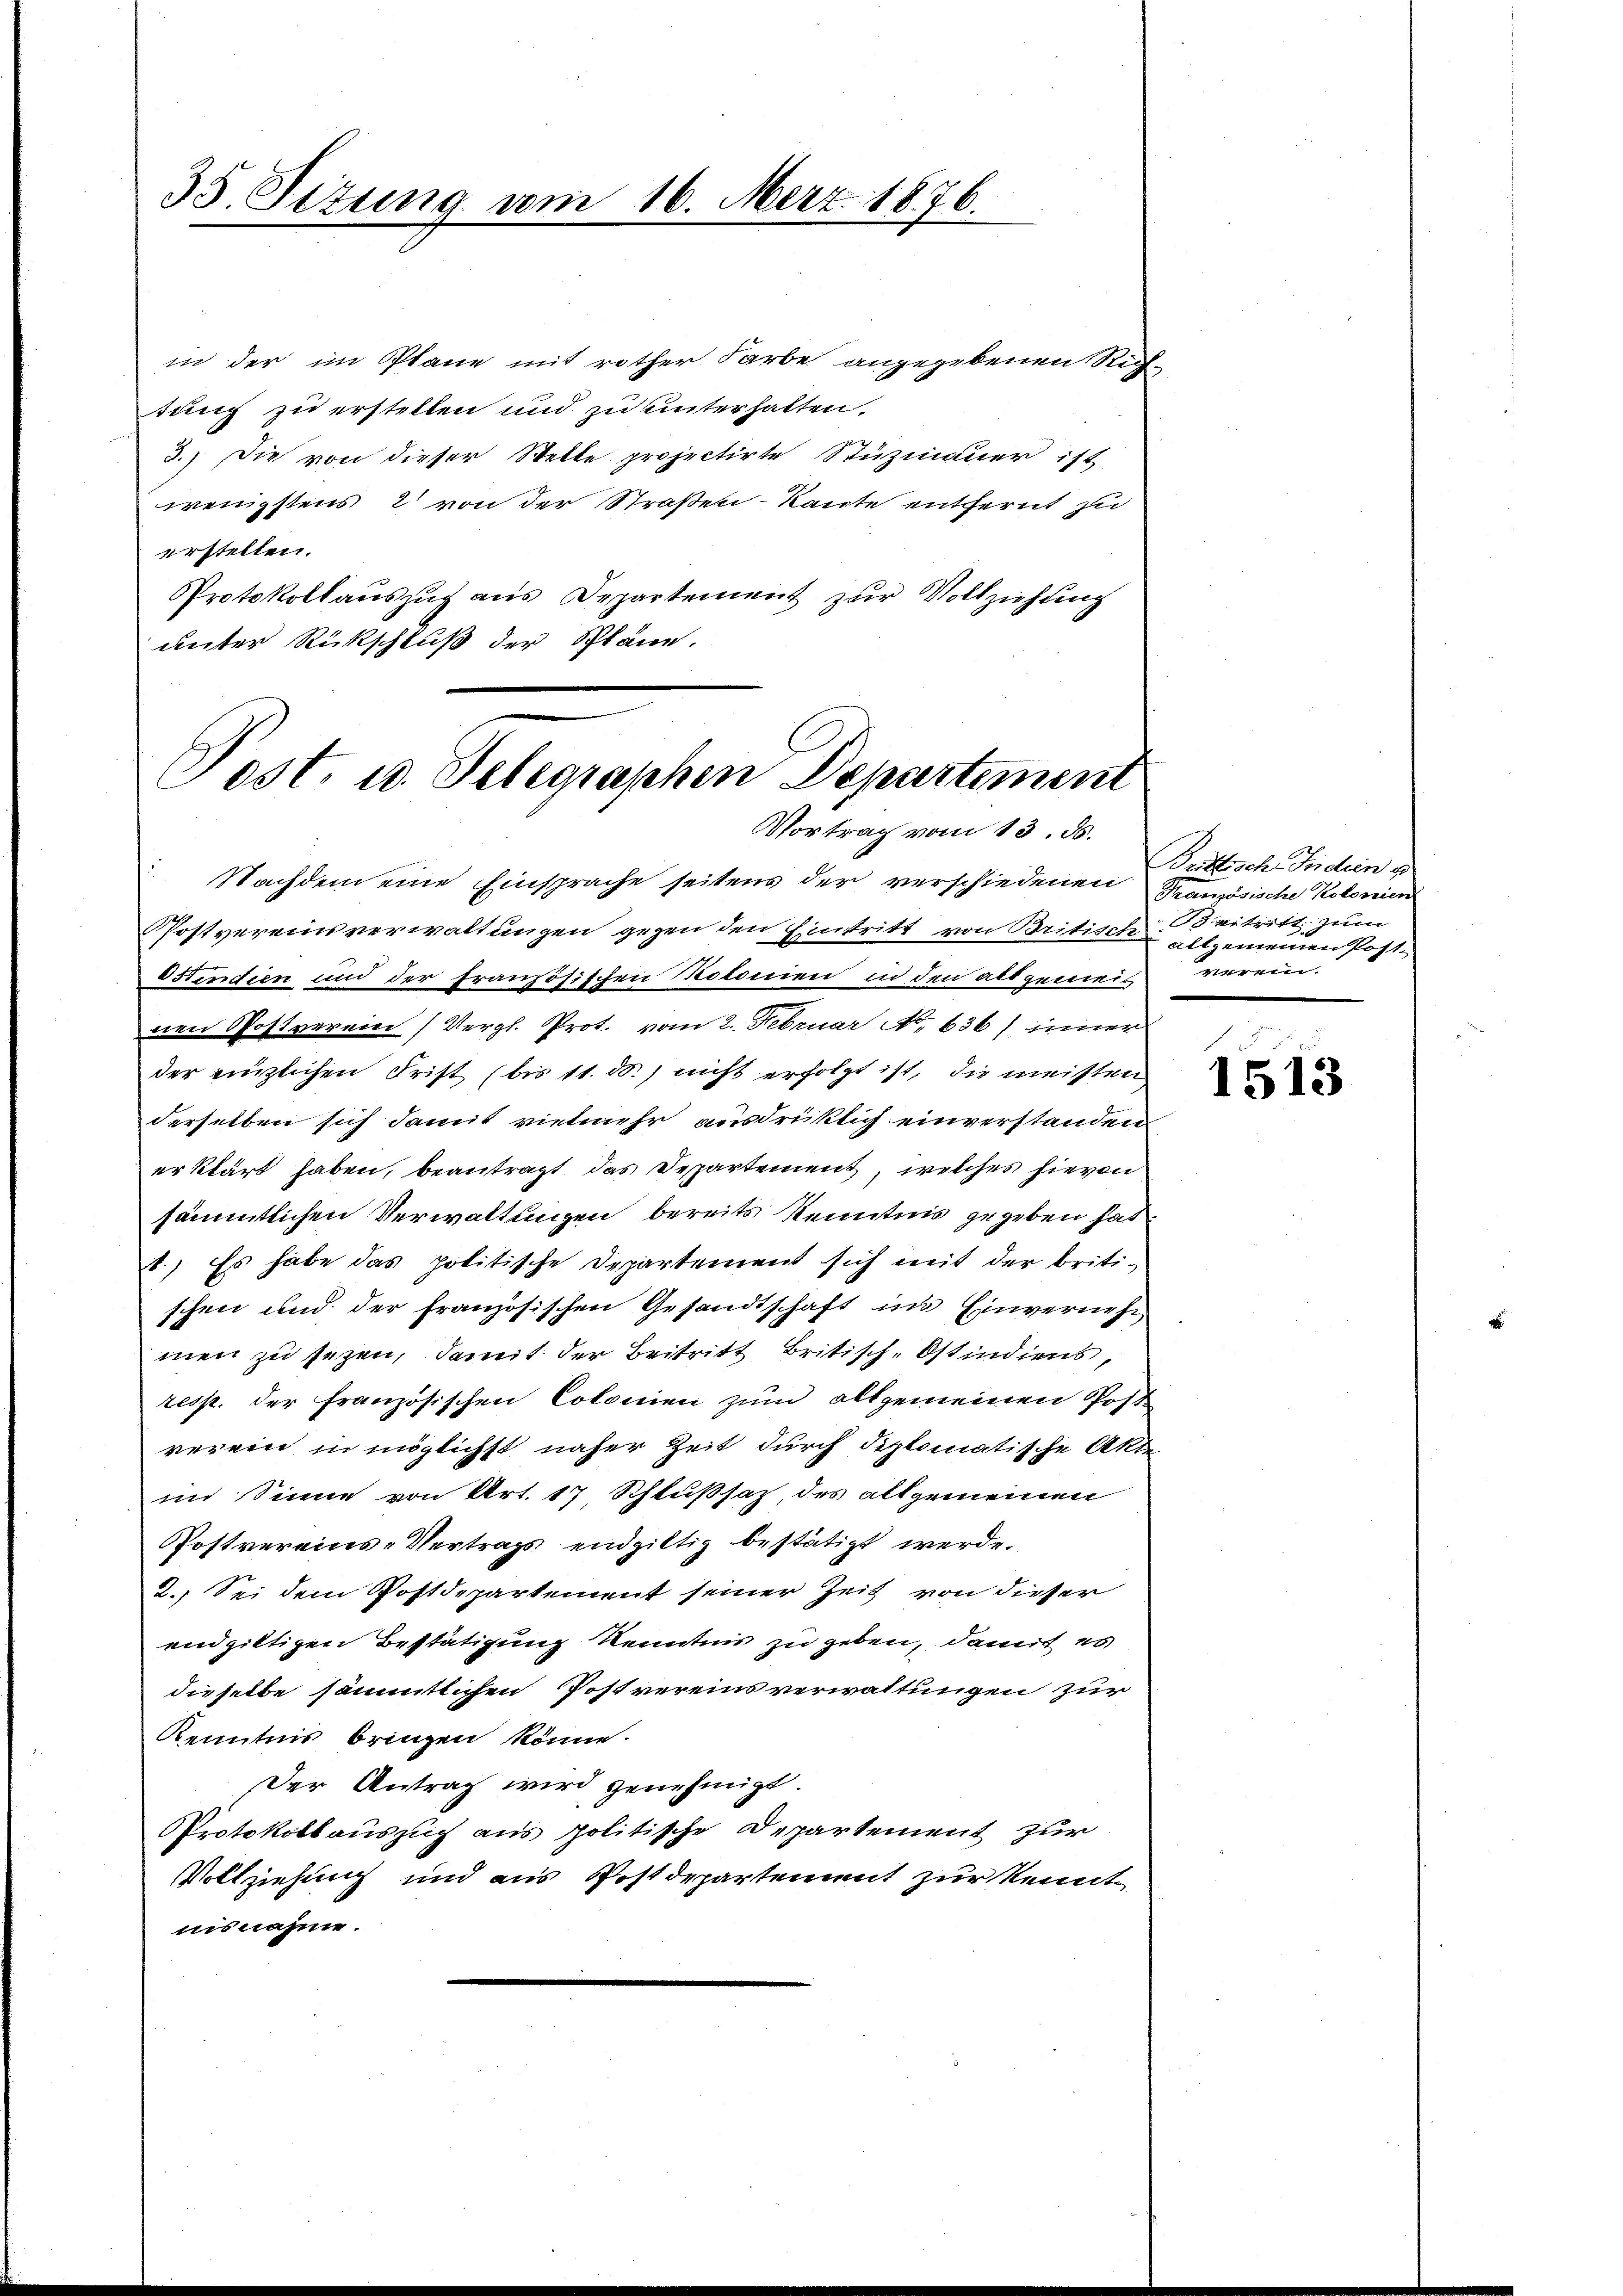
35. Sizung vom 16. Merz. 1876.

in der im Plane mit rother Farbe angegebenen Rich
tung zu erstellen und zu hinterhalten.
3.) Die von dieser Stelle projectirte Stüzmauer ist
wenigstens 2 von der Straßen Raute entfernt zu
erstellen.
Protokollauszug aus Departement zur Vollziehung
unter Rückschluß der Pläne.
Nachdem eine Einsprache seitens der verschiedenen Französische Kolonien
Postvereinsverwaltungen gegen den Eintritt von Britisch. Beitritt zum
Ostendien und der französischen Motonien in den allgemeis verein.
nen Pfostverein (Vergl. Prot. vom 2. Februar No. 636) inner
der einzlichen Frist (bis 11. ds.) nicht erfolgt ist, die meisten
derselben sich damit vielmehr ausdrücklich einverstanden
erklärt haben, beantragt das Departement, welches hievon
sämmtlichen Verwaltungen bereits Kenntnis gegeben hat.
1.) Es habe das politische Departement sich mit der britischen und der französischen Gesandtschaft im Einvernehmen zu sezen, damit der Beitritt Britisch-Ostindiens,
resp. der französischen Colonien zum allgemeinen Post
verein in möglichst näher Zeit durch diplomatische Akte
im Sinne von Art. 17 Schlußsatz, des allgemeinen
Postvereins-Vertrags endgiltig bestätigt werde.
2. Sei dem Postdepartement seiner Zeit von dieser
endgiltigen Bestätigung Kenntnis zu geben, damit es
dieselbe sämmtlichen Postvereinsverwaltungen zur
Kenntnis bringen könne.
Der Antrag wird genehmigt.
Protokollauszug aus politische Departement zur
Vollziehung und aus Postdepartement zur kennt
nisnahme.

Post. u. Telegraphen Departement
Vortrag vom 13. ds.

Brittisch Indien u
allgemeinen Post-

1513